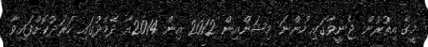
މީގެ އިތުރުން ޖެނީވާގައި ހުންނަ މިޝަންއިން 2012 އިން 2014އާ ދެމެދުގައި ހަރަދުކޮށްފައިވާ